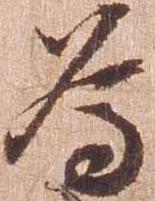
為